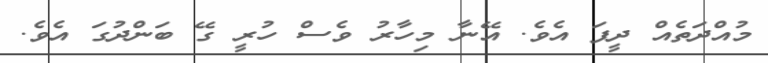
މުއްދަތެއް ދީފަ އެވެ. އޭނާ މިހާރު ވެސް ހުރީ ގޭ ބަންދުގަ އެވެ.